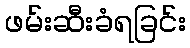
ဖမ်းဆီးခံရခြင်း